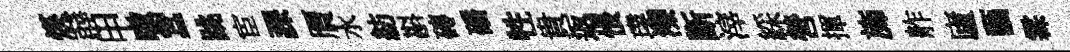
煐薜甲嗷蠶跳宦課贋水紡斟磚磻牲貴返悵璞灤㫁滓綵營揮斾舴廬藝霖